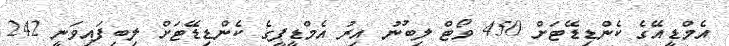
އެމްޑީއޭގެ ކެންޑިޑޭޓަށް 450 ވޯޓް ލިބުނު އިރު އެމްޑީޕީގެ ކެންޑިޑޭޓަށް ލިބިފައިވަނީ 242